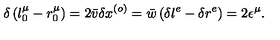
\delta \left( l _ { 0 } ^ { \mu } - r _ { 0 } ^ { \mu } \right) = 2 \bar { v } \delta x ^ { \left( o \right) } = \bar { w } \left( \delta l ^ { e } - \delta r ^ { e } \right) = 2 \epsilon ^ { \mu } .